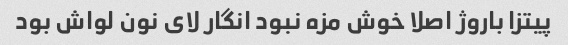
پیتزا باروژ اصلا خوش مزه نبود انگار لای نون لواش بود